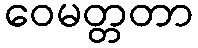
ဝေမတ္တတာ